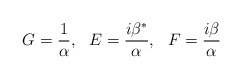
\begin{align*}G=\frac 1\alpha, ~~ E=\frac{i\beta ^{*}}\alpha, ~~ F=\frac{i\beta }\alpha\end{align*}